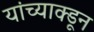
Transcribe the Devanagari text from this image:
यांच्याक्डून